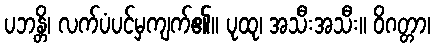
ပဘန္တိ၊ လက်ပံပင်မှကျက်၏။ ပုထု၊ အသီးအသီး။ ဝိဂတ္တာ၊